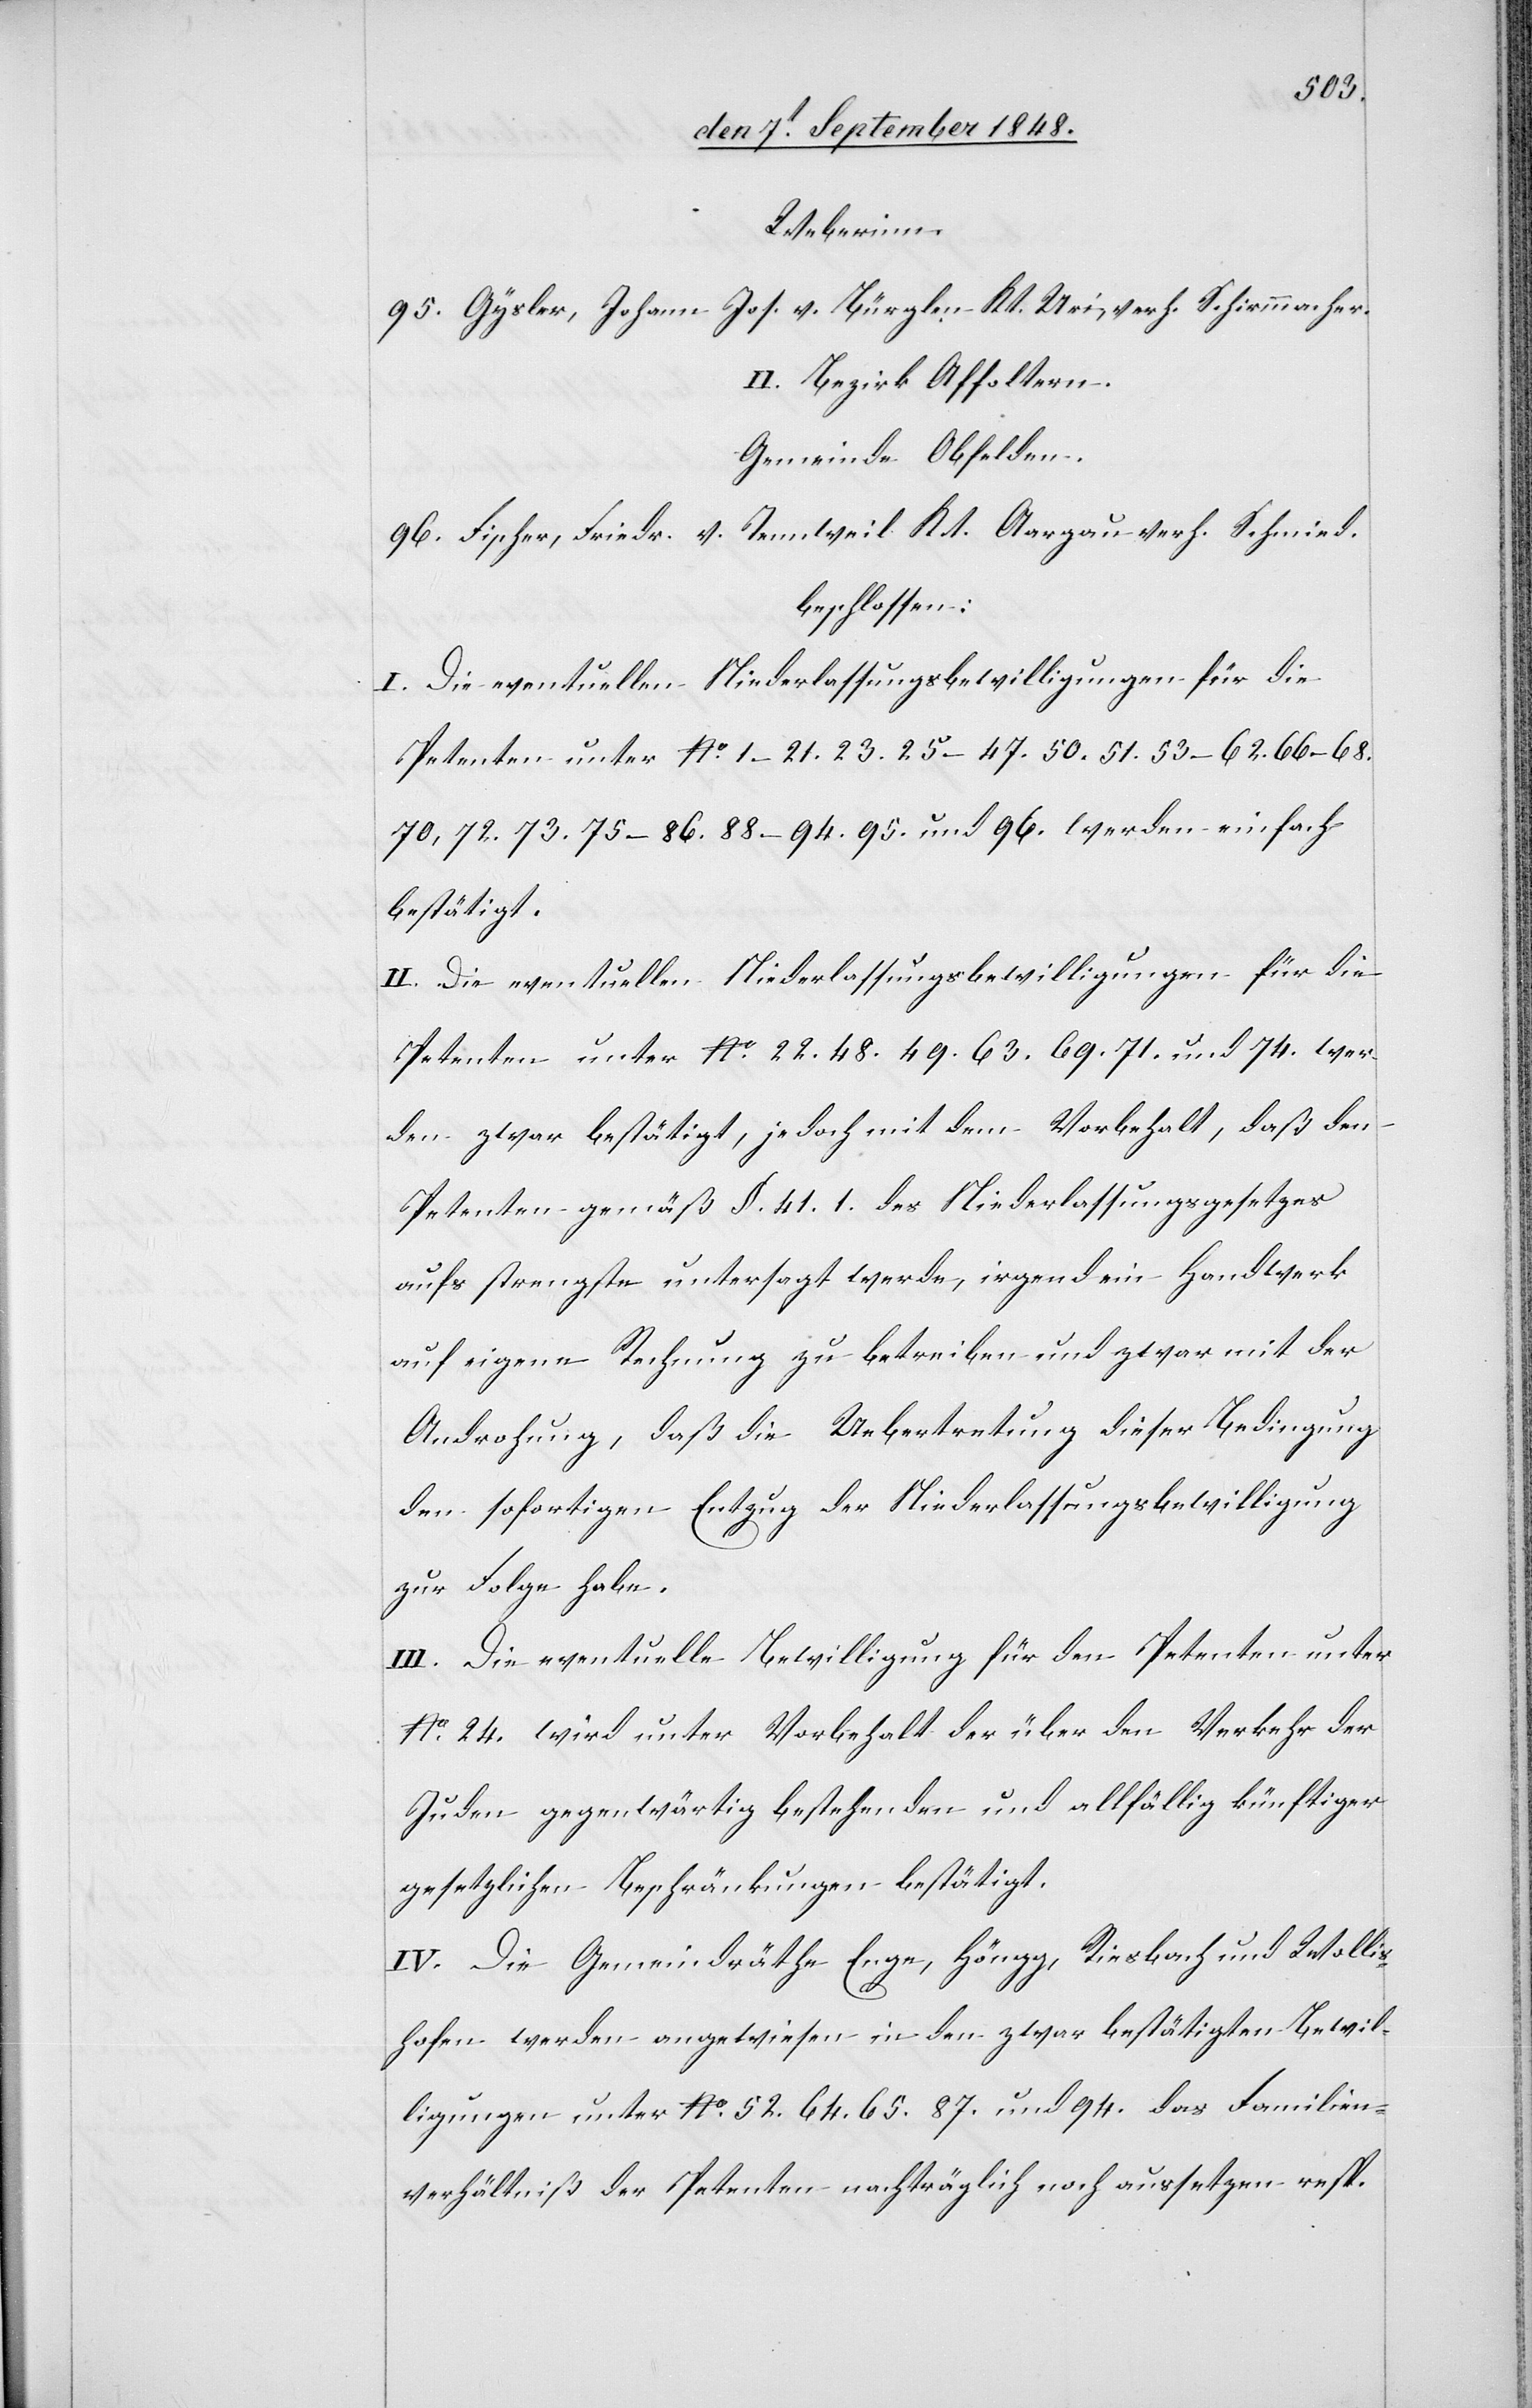
Weberinn.
95. Gysler, Johann Jos. v. Bürglen Kt. Uri, verh. Schirmmacher.
II. Bezirk Affoltern.
Gemeinde Obfelden.
96. Fischer, Friedr. v. Tennweil Kt. Aargau verh. Schmied.
beschlossen:
I. Die eventuellen Niederlassungsbewilligungen für die
Petenten unter No 1–21. 23. 25.–47. 50. 51. 53–62. 66.–68.
70, 72. 73. 75–86. 88.–94. 95. und 93. werden einfach
bestätigt.
II. Die eventuellen Niederlassungsbewilligungen für die
Petenten unter No 22. 48. 49. 63. 69. 71. und 74. wer¬
den zwar bestätigt, jedoch mit dem Vorbehalt, daß den
Petenten gemäß §. 41. 1. des Niederlassungsgesetzes
aufs strengste untersagt werde, irgend ein Handwerk
auf eigene Rechnung zu betreiben und zwar mit der
Androhung, daß die Uebertretung dieser Bedingung
den sofortigen Entzug der Niederlassungsbewilligung
zur Folge habe.
III. Die eventuelle Bewilligung für den Petenten unter
No 24. wird unter Vorbehalt der über den Verkehr der
Juden gegenwärtig bestehenden und allfällig künftiger
gesetzlichen Beschränkungen bestätigt.
IV. Die Gemeindräthe Enge, Höngg, Riesbach und Wollis¬
hofen werden angewiesen in den zwar bestätigten Bewil¬
ligungen unter No 52. 64. 65. 87. und 94. das Familien¬
verhältniß der Petenten nachträglich nach aussetzen resp.